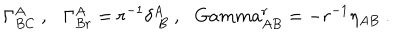
\Gamma _ { B C } ^ { A } \ , \ \ \ \Gamma _ { B r } ^ { A } = r ^ { - 1 } \delta _ { \ B } ^ { A } \ , \ \ \, G a m m a _ { A B } ^ { r } = - r ^ { - 1 } \eta _ { A B } \ .